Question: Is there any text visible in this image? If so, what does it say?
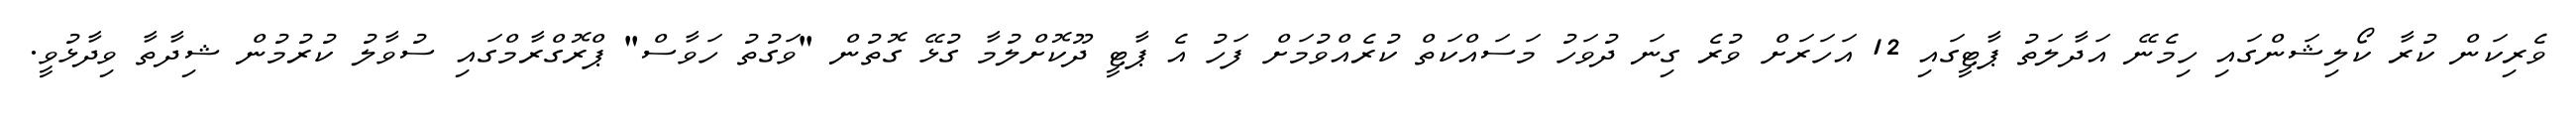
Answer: ވެރިކަން ކުރާ ކޯލިޝަންގައި ހިމެނޭ އަދާލަތު ޕާޓީގައި 12 އަހަރަށް ވުރެ ގިނަ ދުވަހު މަސައްކަތް ކުރެއްވުމަށް ފަހު އެ ޕާޓީ ދޫކޮށްލުމާ ގުޅޭ ގޮތުން "ވަގުތު ހަވާސް" ޕްރޮގްރާމްގައި ސުވާލު ކުރުމުން ޝިދާތާ ވިދާޅުވީ.